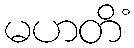
မဟတိံ